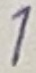
Text: 1